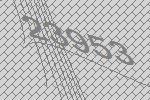
23953